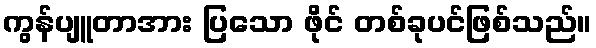
ကွန်ပျူတာအား ပြသော ဖိုင် တစ်ခုပင်ဖြစ်သည်။